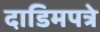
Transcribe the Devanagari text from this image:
दाडिमपत्रे